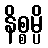
နိစ္စမ္ပိ